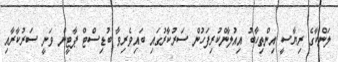
ލަންކާގެ ރިޔާސީ އިންތިހާބު އިއުލާންކުރިފަހުން ސަރުކާރުގައި ބައިވެރިވާ ބުޑިސްޓް ޕާޓީން ވަނީ ސަރުކާރާއި